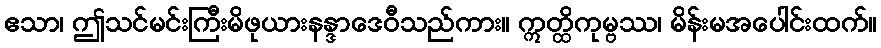
ဧသာ၊ ဤသင်မင်းကြီးမိဖုယားနန္ဒာဒေဝီသည်ကား။ ဣတ္ထိကုမ္ဗဿ၊ မိန်းမအပေါင်းထက်။